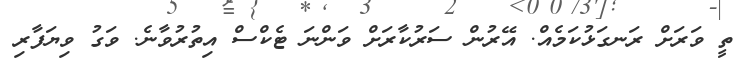
ތީ ވަރަށް ރަނގަޅުކަމެއް. އޭރުން ސަރުކާރަށްް ވަންނަ ޓެކްސް އިތުރުވާނެ. ވަގު ވިޔަފާރި